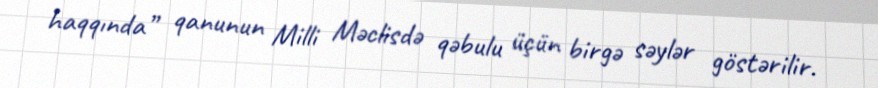
haqqında” qanunun Milli Məclisdə qəbulu üçün birgə səylər göstərilir.